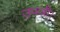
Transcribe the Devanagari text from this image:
उपजी।